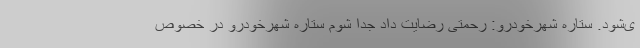
ی‌شود. ستاره شهرخودرو: رحمتی رضایت داد جدا شوم ستاره شهرخودرو در خصوص